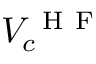
V _ { c } ^ { \mathrm { ~ H ~ F ~ } }